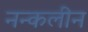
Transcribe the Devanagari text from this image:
नन्कलीन